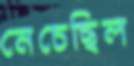
নেচেছিল